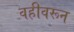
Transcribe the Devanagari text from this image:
वहीवरून